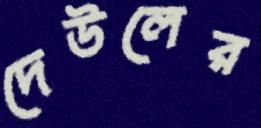
দেউলের